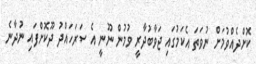
ކޮށްދެއްވުމަށް ނުވަތަ އެކަމުގައި ޖަވާބުދާރީ ވުމުން ނޫނީ އެ ސަރަހައްދު ދޫކޮށްފައި ނުދާނެ